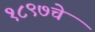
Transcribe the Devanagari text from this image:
१८९७चे